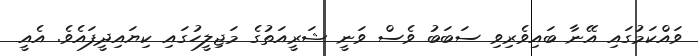
ވައްކަމުގައި އޭނާ ބައިވެރިވި ސަބަބު ވެސް ވަނީ ޝަރީއަތުގެ މަޖިލީހުގައި ކިޔައިދީފައެވެ. އެއީ